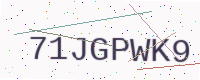
Text: 71JGPWK9